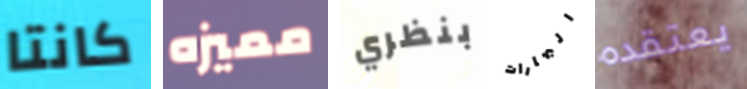
كانتا مميزه بنظري البهارات يعتقده